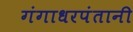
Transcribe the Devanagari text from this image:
गंगाधरपंतानी